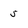
Character: 5